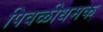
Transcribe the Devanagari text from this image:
पिवळीधमक